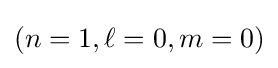
(n=1,\ell =0,m=0)